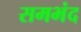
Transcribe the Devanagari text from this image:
समभंद